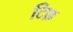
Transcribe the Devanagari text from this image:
टिफ़